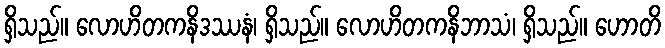
ရှိသည်။ လောဟိတကနိဒဿနံ၊ ရှိသည်။ လောဟိတကနိဘာသံ၊ ရှိသည်။ ဟောတိ